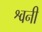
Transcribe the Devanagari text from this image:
श्वनी